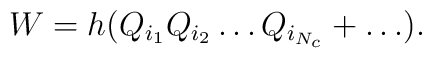
W=h(Q_{i_1}Q_{i_2}\dots Q_{i_{N_c}} +\dots ).